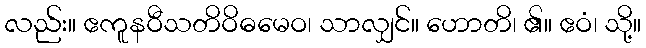
လည်း။ ဧကူနဝီသတိဝိဓမေဝ၊ သာလျှင်။ ဟောတိ၊ ၏။ ဧဝံ၊ သို့။